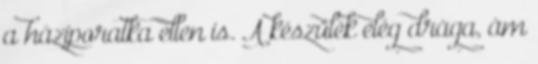
a háziporatka ellen is. A készülék elég drága, ám